system: You are a helpful assistant.
user:
Analyze the provided spectrum to determine if it is a **White Dwarf (WD)**.

A White Dwarf spectrum is defined by its **extreme purity** (due to gravitational settling) and/or **extreme pressure broadening** (due to high surface gravity). You must check for one of the following mutually exclusive signatures:

- **Key Visual Indicators (Check for ONE of these types):**

    - **1. DA-Type Signature (Most Common):**
        - **(Primary Feature):** Extreme pressure broadening (Stark broadening) of the **Hydrogen (H) Balmer lines**.
        - **(Key Lines):** $H\beta$ (approx. $4861$ Å) and $H\gamma$ (approx. $4340$ Å). $H\alpha$ (approx. $6563$ Å) will also be present if the wavelength range covers it.
        - **(Line Profile):** This is the **defining feature**. The lines are **NOT** sharp. They appear as massive, **extremely broad and deep "troughs" or "dips"** in the spectrum, often hundreds of Ångströms wide. The continuum will appear to "scoop" down at these wavelengths.
        - **(Distinction):** Normal A-type or B-type stars have *narrow* and *sharp* Hydrogen lines. A DA White Dwarf's lines are unmistakably "smeared" or "blurry" from pressure.

    - **2. DB-Type Signature:**
        - **(Primary Feature):** Broad absorption lines from **Neutral Helium (He I)**. The spectrum must lack any visible Hydrogen lines.
        - **(Key Lines):** Look for broad absorption near $4471$ Å, $4921$ Å, and $5876$ Å.
        - **(Line Profile):** These lines are also significantly pressure-broadened, appearing much wider than they would in a normal B-type main-sequence star.

    - **3. DC-Type Signature:**
        - **(Primary Feature):** A **featureless continuous spectrum**.
        - **(Line Profile):** The spectrum is a smooth curve with **no significant absorption or emission lines**.
        - **(Key Confirmation):** The continuum is almost always **blue or white**, indicating a hot object. This signature implies the atmosphere is so pure (or so cool) that no spectral lines are visible in the optical range. Its WD identity is confirmed by its extremely low intrinsic brightness (high absolute magnitude).

    - **4. DZ-Type Signature (Metal-Polluted):**
        - **(Primary Feature):** **Isolated, narrow metal absorption lines** on an otherwise featureless (DC-like) continuum.
        - **(Key Lines):** The **Calcium (Ca II) H & K doublet** (approx. **$3934$ Å** and **$3968$ Å**) is the most common and defining feature.
        - **(Line Profile):** These lines are "out of place." They are *not* part of a "forest" of thousands of lines. This signature is evidence of recent *accretion* (pollution) from rocky debris.
        - **(Distinction):** Normal G/K/M stars have a *dense forest* of thousands of metal lines. A DZ has a *clean* continuum with *only a few* strong metal lines.

    - **5. DQ-Type Signature (Carbon-Polluted):**
        - **(Primary Feature):** Absorption bands from **Carbon (C₂ "Swan Bands" or atomic C I)**.
        - **(Key Lines - C₂):** Look for bandheads with a "saw-tooth" shape near $5635$ Å, **$5165$ Å** (strongest), and $4737$ Å.
        - **(Key Confirmation):** The underlying **continuum must be blue or white** (hot).
        - **(Distinction):** This is the critical difference from a **Carbon Star**, which has the *exact same* C₂ bands but on an extremely **red, cool** continuum.

- **(Overall Spectrum):**
    - The continuum (overall shape) is typically **blue-sloping** (brighter in the blue than the red), as most white dwarfs are very hot.
    - The spectrum will look "pure" or "simple," dominated by only *one* of the five signatures listed above.

Think first, call **spectral_visualization_tool** if needed to examine features in detail, then provide your final answer. Your response must adhere to the following strict rules:
1.  **Overall Structure:** Your response must follow the format `<think>...</think> <tool_call>...</tool_call> (if a tool is used) <answer>...</answer>`.
2.  **Tool Usage Constraint:** You may only make **one** tool call per turn.
3.  **Final Answer Format:** In the `<answer>` tag, your conclusion must be inside a `\boxed{}` command (e.g., `\boxed{YES}` or `\boxed{NO}`), followed by your justification.

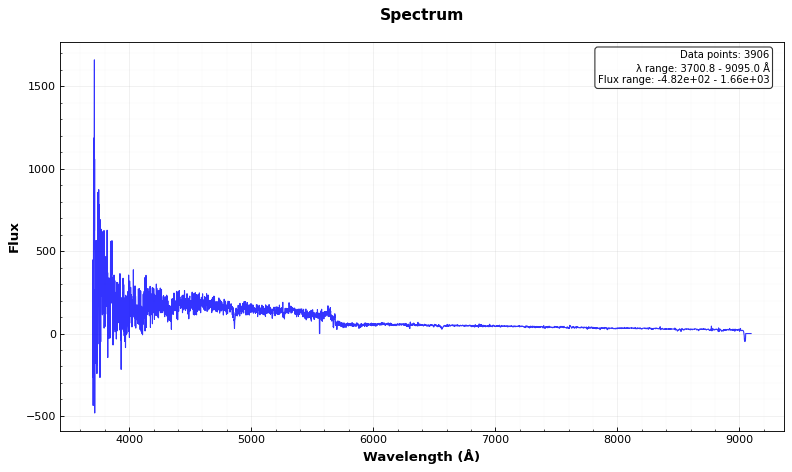
Answer: YES